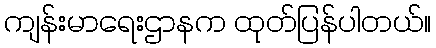
ကျန်းမာရေးဌာနက ထုတ်ပြန်ပါတယ်။